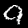
Label: 9